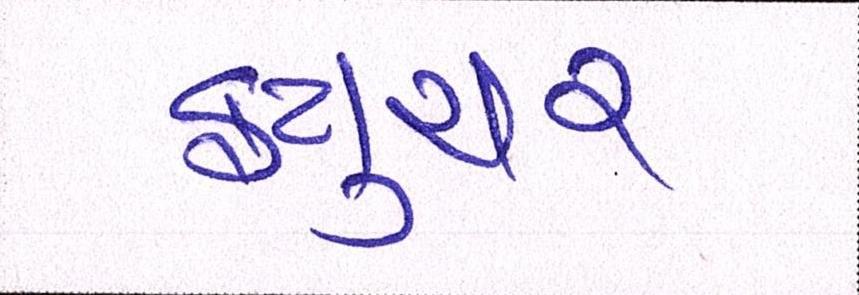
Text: ફ્યુચર